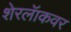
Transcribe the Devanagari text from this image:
शेरलॅाकवर